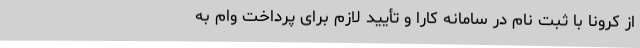
از کرونا با ثبت نام در سامانه کارا و تأیید لازم برای پرداخت وام به